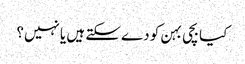
کیا بچی بہن کو دے سکتے ہیں یا نہیں؟